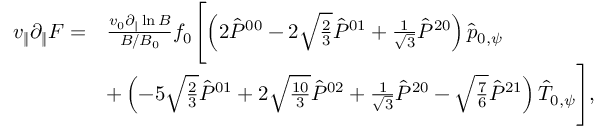
\begin{array} { r l } { v _ { \| } \partial _ { \| } F = } & { \frac { v _ { 0 } \partial _ { \| } \ln B } { B / B _ { 0 } } f _ { 0 } \Biggl [ \left( 2 \hat { P } ^ { 0 0 } - 2 \sqrt { \frac { 2 } { 3 } } \hat { P } ^ { 0 1 } + \frac { 1 } { \sqrt { 3 } } \hat { P } ^ { 2 0 } \right) \hat { p } _ { 0 , \psi } } \\ & { + \left( - 5 \sqrt { \frac { 2 } { 3 } } \hat { P } ^ { 0 1 } + 2 \sqrt { \frac { 1 0 } { 3 } } \hat { P } ^ { 0 2 } + \frac { 1 } { \sqrt { 3 } } \hat { P } ^ { 2 0 } - \sqrt { \frac { 7 } { 6 } } \hat { P } ^ { 2 1 } \right) \hat { T } _ { 0 , \psi } \Biggr ] , } \end{array}